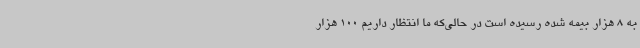
به 8 هزار بیمه شده رسیده است در حالی‌که ما انتظار داریم 100 هزار